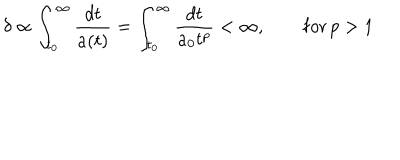
\delta \propto \int _ { t _ { 0 } } ^ { \infty } \frac { d t } { a ( t ) } = \int _ { t _ { 0 } } ^ { \infty } \frac { d t } { a _ { 0 } t ^ { p } } < \infty , \qquad \mathrm { f o r } \, p > 1